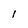
Character: l